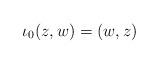
LaTeX: \begin{align*}\iota_0(z, w) = (w, z)\end{align*}